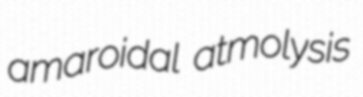
amaroidal atmolysis